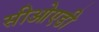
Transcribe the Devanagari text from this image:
सीओएडी